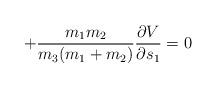
LaTeX: \begin{align*} +\frac{m_{1}m_{2}}{m_{3}(m_{1}+m_{2})}\frac{\partial V}{\partial s_{1}}=0 \end{align*}